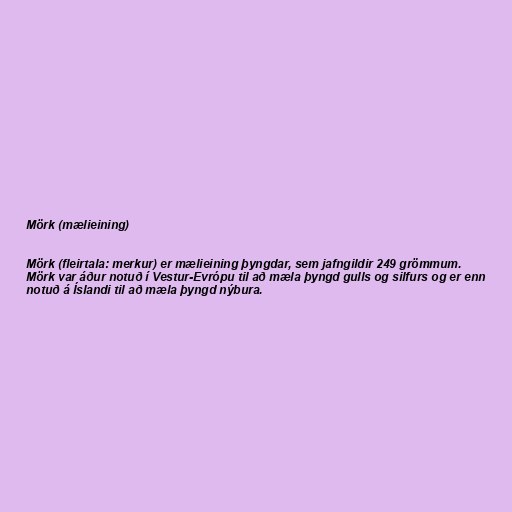
Mörk (mælieining)

Mörk (fleirtala: merkur) er mælieining þyngdar, sem jafngildir 249 grömmum.
Mörk var áður notuð í Vestur-Evrópu til að mæla þyngd gulls og silfurs og er enn
notuð á Íslandi til að mæla þyngd nýbura.